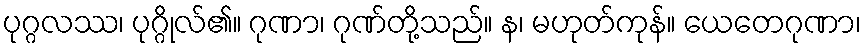
ပုဂ္ဂလဿ၊ ပုဂ္ဂိုလ်၏။ ဂုဏာ၊ ဂုဏ်တို့သည်။ န၊ မဟုတ်ကုန်။ ယေတေဂုဏာ၊